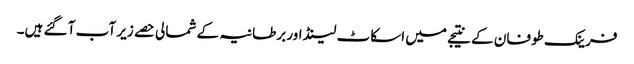
فرینک طوفان کے نتیجے میں اسکاٹ لینڈ اور برطانیہ کے شمالی حصے زیر آب آ گئے ہیں۔